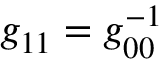
g _ { 1 1 } = g _ { 0 0 } ^ { - 1 }